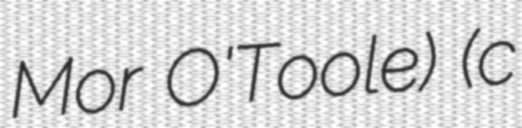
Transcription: Mor O'Toole) (c